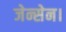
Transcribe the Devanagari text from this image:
जेन्सेन।